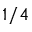
1 / 4